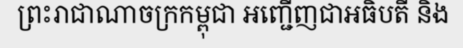
ព្រះរាជាណាចក្រកម្ពុជា អញ្ជើញជាអធិបតី និង